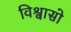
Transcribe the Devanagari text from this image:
विश्वासो